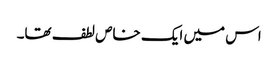
اس میں ایک خاص لطف تھا۔